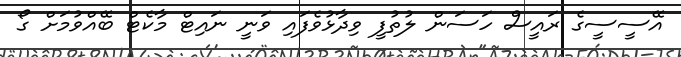
އޭސީސީގެ ރައީސް ހަސަން ލުތުފީ ވިދާޅުވެފައި ވަނީ ނައިޓް މާކެޓް ބޭއްވުމަށް ގޯ